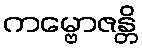
ကမ္ဗောဇန္တိ